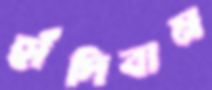
হাঁদিবান